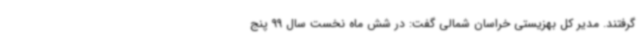
گرفتند. مدیر کل بهزیستی خراسان شمالی گفت: در شش ماه نخست سال 99 پنج